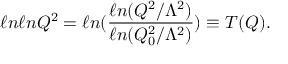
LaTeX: \ell n \ell n Q ^ { 2 } = \ell n ( \frac { \ell n ( Q ^ { 2 } / \Lambda ^ { 2 } ) } { \ell n ( Q _ { 0 } ^ { 2 } / \Lambda ^ { 2 } ) } ) \equiv T ( Q ) .